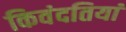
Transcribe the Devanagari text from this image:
किवंदतियां